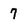
Character: 7